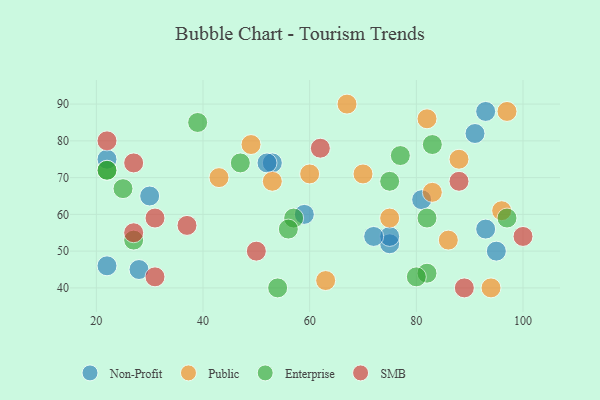
{"axis": {"x": "GDP", "y": "Life Expectancy"}, "legend": ["Enterprise", "Non-Profit", "Public", "SMB"], "data": [{"x": "28", "y": 45, "type": "Non-Profit"}, {"x": "81", "y": 64, "type": "Non-Profit"}, {"x": "22", "y": 75, "type": "Non-Profit"}, {"x": "91", "y": 82, "type": "Non-Profit"}, {"x": "95", "y": 50, "type": "Non-Profit"}, {"x": "22", "y": 46, "type": "Non-Profit"}, {"x": "59", "y": 60, "type": "Non-Profit"}, {"x": "93", "y": 88, "type": "Non-Profit"}, {"x": "75", "y": 52, "type": "Non-Profit"}, {"x": "75", "y": 54, "type": "Non-Profit"}, {"x": "93", "y": 56, "type": "Non-Profit"}, {"x": "72", "y": 54, "type": "Non-Profit"}, {"x": "53", "y": 74, "type": "Non-Profit"}, {"x": "30", "y": 65, "type": "Non-Profit"}, {"x": "52", "y": 74, "type": "Non-Profit"}, {"x": "88", "y": 75, "type": "Public"}, {"x": "70", "y": 71, "type": "Public"}, {"x": "96", "y": 61, "type": "Public"}, {"x": "75", "y": 59, "type": "Public"}, {"x": "94", "y": 40, "type": "Public"}, {"x": "53", "y": 69, "type": "Public"}, {"x": "60", "y": 71, "type": "Public"}, {"x": "49", "y": 79, "type": "Public"}, {"x": "97", "y": 88, "type": "Public"}, {"x": "82", "y": 86, "type": "Public"}, {"x": "86", "y": 53, "type": "Public"}, {"x": "67", "y": 90, "type": "Public"}, {"x": "63", "y": 42, "type": "Public"}, {"x": "83", "y": 66, "type": "Public"}, {"x": "43", "y": 70, "type": "Public"}, {"x": "57", "y": 59, "type": "Enterprise"}, {"x": "82", "y": 44, "type": "Enterprise"}, {"x": "22", "y": 72, "type": "Enterprise"}, {"x": "83", "y": 79, "type": "Enterprise"}, {"x": "77", "y": 76, "type": "Enterprise"}, {"x": "27", "y": 53, "type": "Enterprise"}, {"x": "80", "y": 43, "type": "Enterprise"}, {"x": "25", "y": 67, "type": "Enterprise"}, {"x": "75", "y": 69, "type": "Enterprise"}, {"x": "82", "y": 59, "type": "Enterprise"}, {"x": "39", "y": 85, "type": "Enterprise"}, {"x": "22", "y": 72, "type": "Enterprise"}, {"x": "97", "y": 59, "type": "Enterprise"}, {"x": "56", "y": 56, "type": "Enterprise"}, {"x": "54", "y": 40, "type": "Enterprise"}, {"x": "47", "y": 74, "type": "Enterprise"}, {"x": "100", "y": 54, "type": "SMB"}, {"x": "62", "y": 78, "type": "SMB"}, {"x": "22", "y": 80, "type": "SMB"}, {"x": "37", "y": 57, "type": "SMB"}, {"x": "31", "y": 43, "type": "SMB"}, {"x": "27", "y": 55, "type": "SMB"}, {"x": "88", "y": 69, "type": "SMB"}, {"x": "27", "y": 74, "type": "SMB"}, {"x": "89", "y": 40, "type": "SMB"}, {"x": "50", "y": 50, "type": "SMB"}, {"x": "31", "y": 59, "type": "SMB"}]}